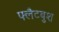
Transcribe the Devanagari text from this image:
फ्लैटबुश